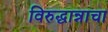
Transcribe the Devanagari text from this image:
विरुद्धान्नाचा